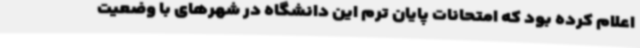
اعلام کرده بود که امتحانات پایان ترم این دانشگاه در شهرهای با وضعیت